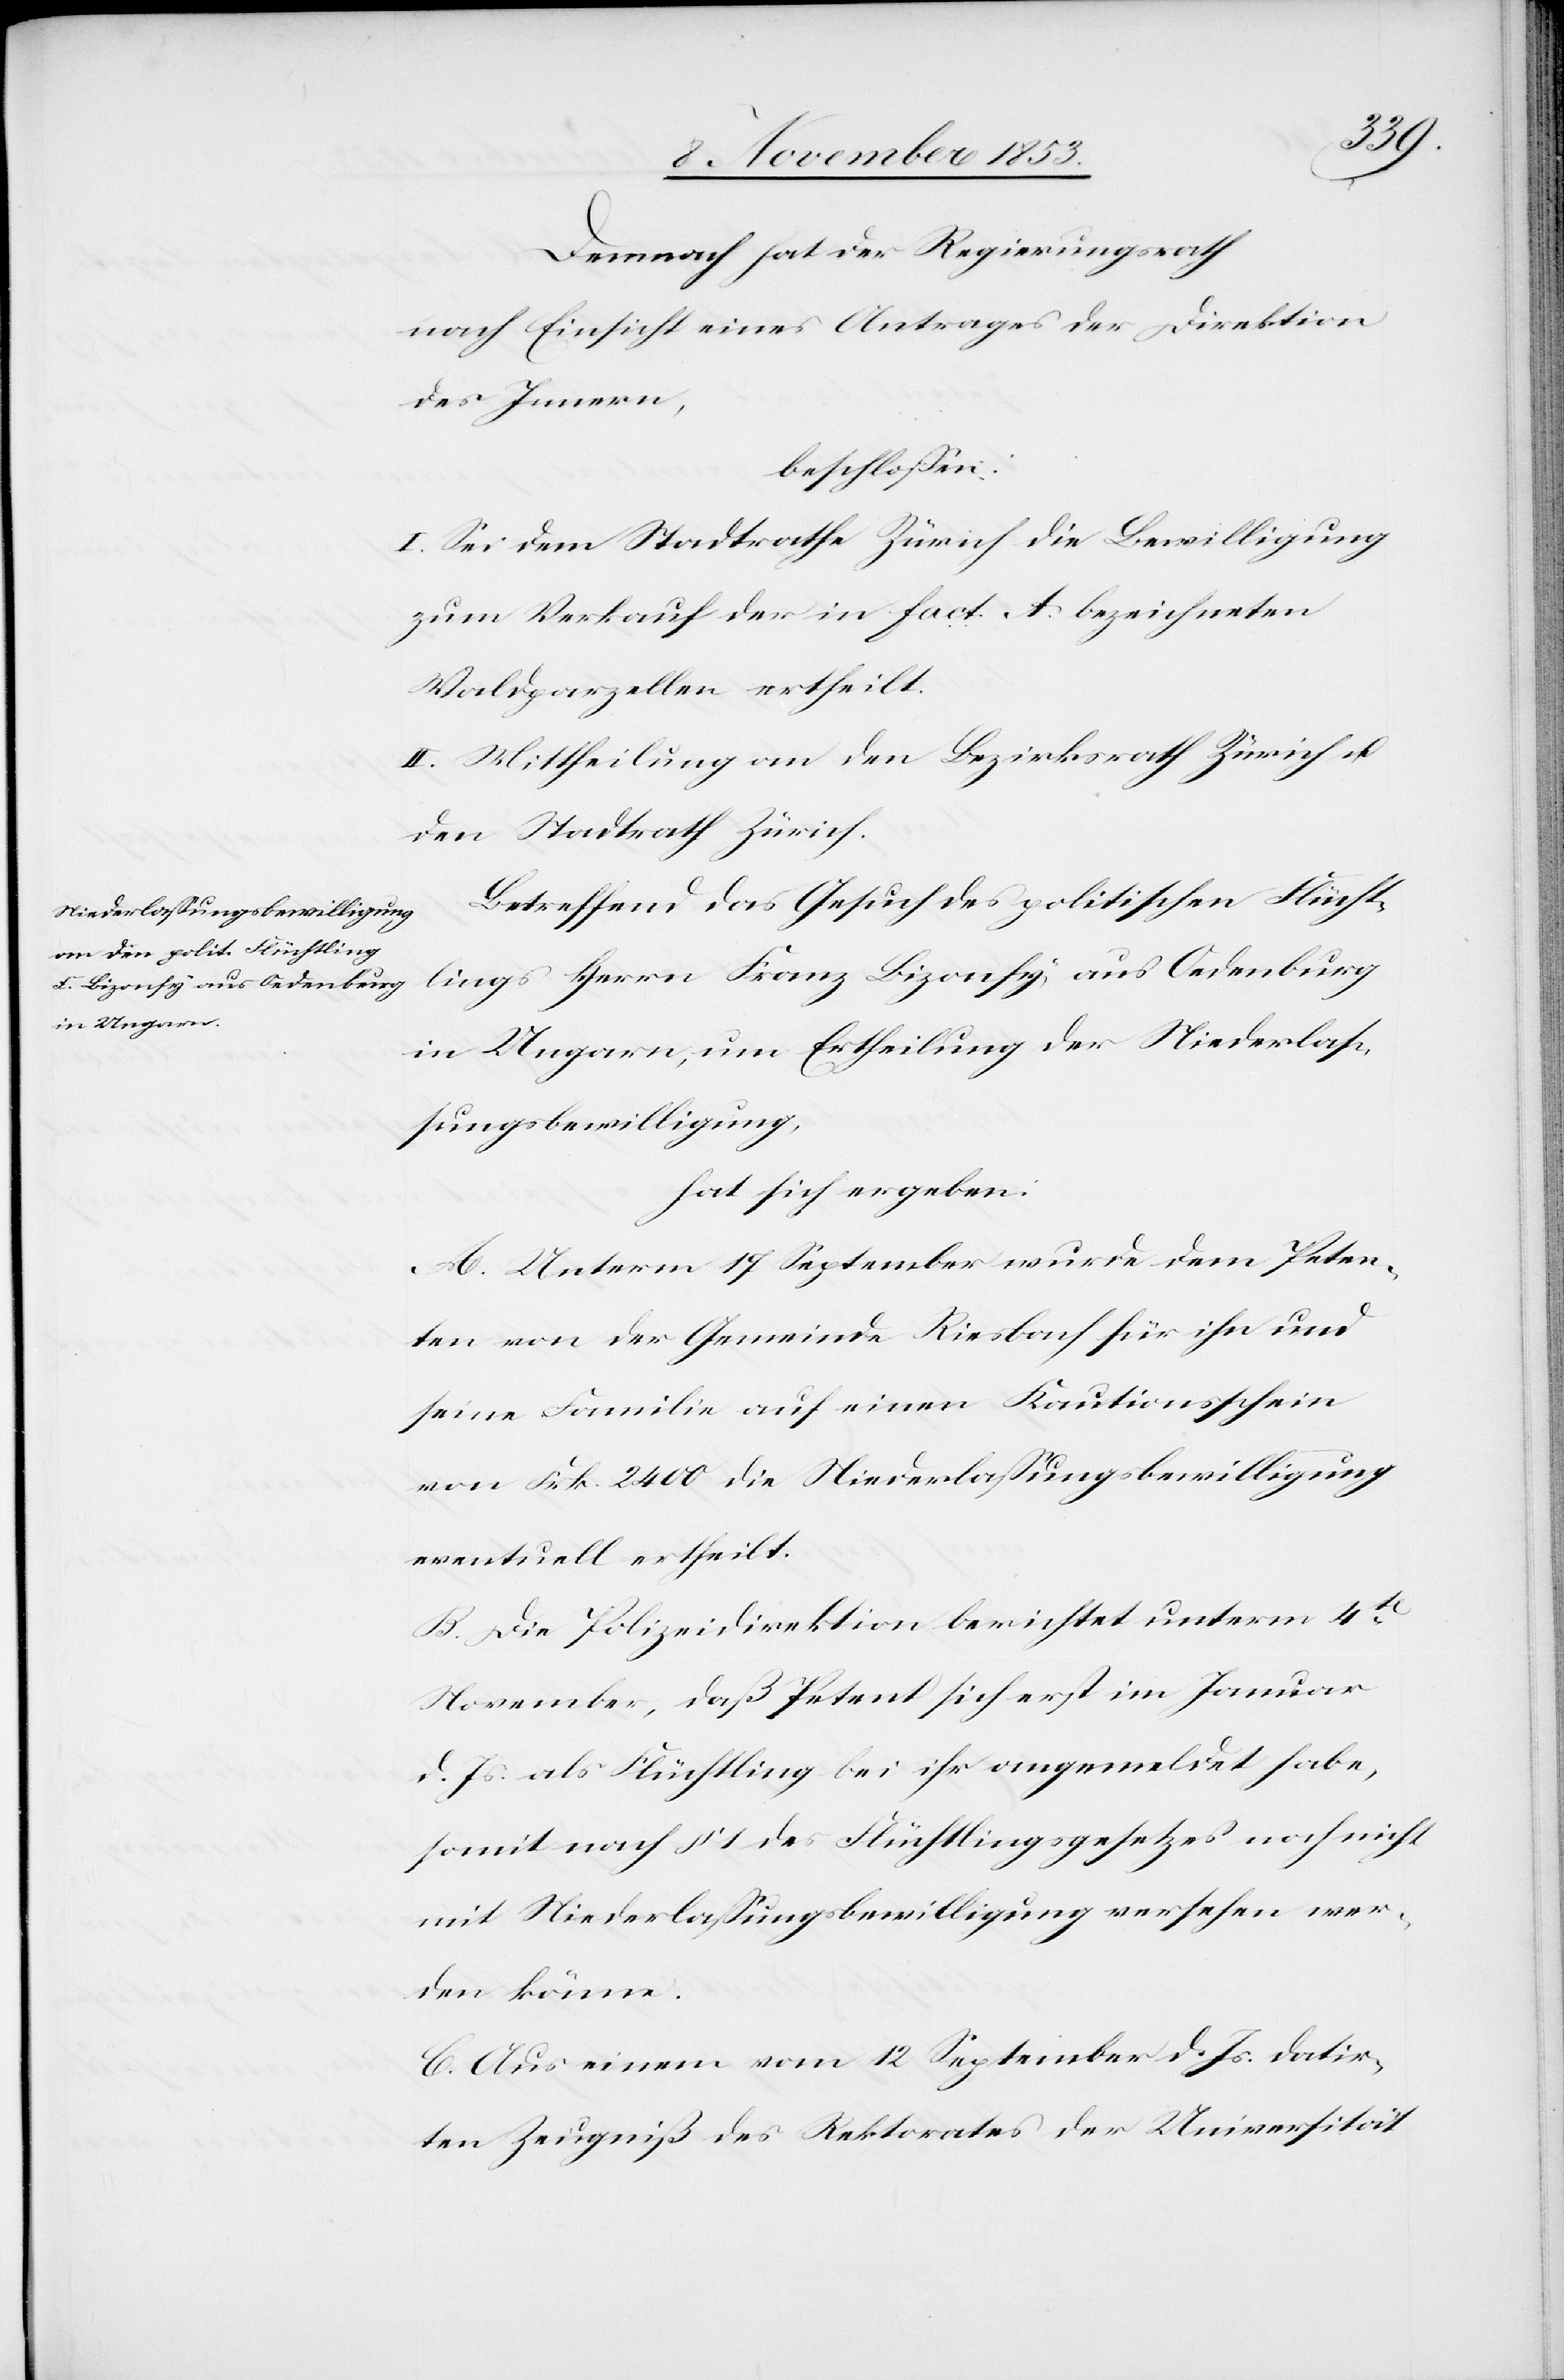
Demnach hat der Regierungsrath
nach Einsicht eines Antrages der Direktion
des Innern,
beschloßen:
I. Sei dem Stadtrathe Zürich die Bewilligung
zum Verkauf der in fact. A bezeichneten
Waldparzellen ertheilt.
II. Mittheilung an den Bezirksrath Zürich u.
den Stadtrath Zürich.
Betreffend das Gesuch des politischen Flücht¬
lings Herrn Franz Bizonfy aus Oedenburg
in Ungarn, um Ertheilung der Niederlaß¬
ungsbewilligung,
hat sich ergeben:
A. Unterm 17 September wurde dem Peten¬
ten von der Gemeinde Riesbach für ihn und
seine Familie auf einem Kautionsschein
von Frk. 2400 die Niederlaßungsbewilligung
eventuell ertheilt.
B. Die Polizeidirektion berichtet unterm 4t
November, daß Petent sich erst im Januar
d. Js. als Flüchtling bei ihr angemeldet habe,
somit nach § 1 des Flüchtlingsgesetzes noch nicht
mit Niederlaßungsbewilligung versehen wer¬
den könne.
C. Aus einem vom 12 September d. Js. datir¬
ten Zeugniß des Rektorates der Universität